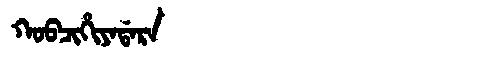
Manchu: ᡴᠣᠪᠴᡳᡥᡳᠶᠠᡩᠠᡵᠠ
Romanization: KOBCIHIYADARA